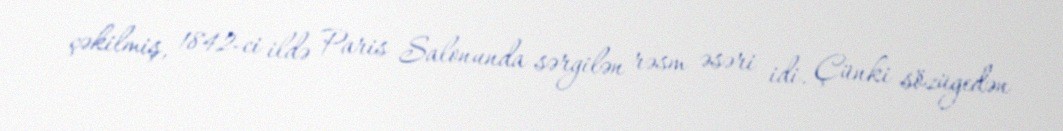
çəkilmiş, 1842-ci ildə Paris Salonunda sərgilən rəsm əsəri idi. Çünki sözügedən